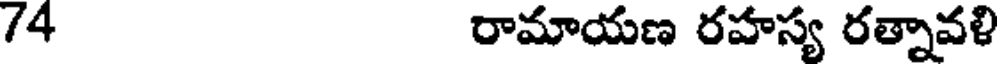
/4 రామాయణ రహస్య రత్నావళి